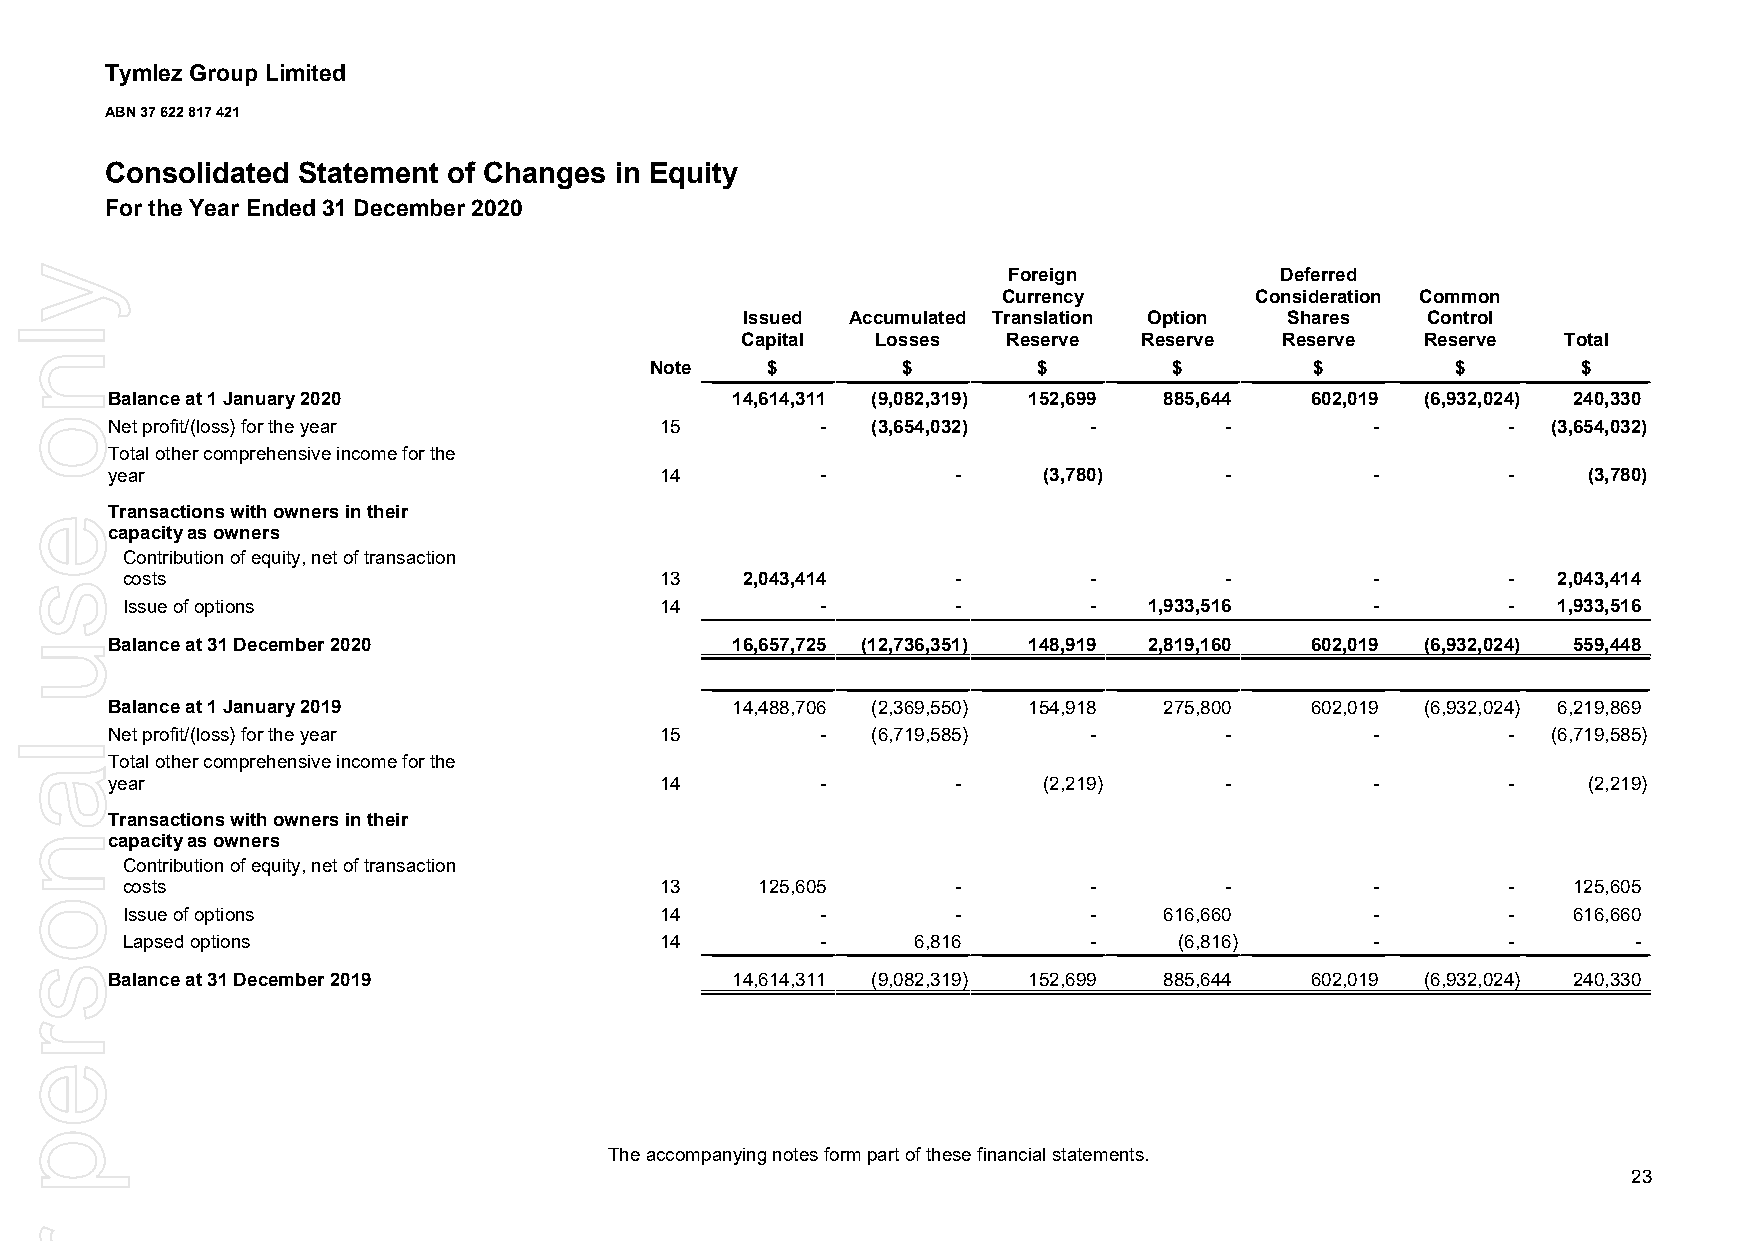
Tymlez Group Limited
 ABN 37 622 817 421
 Consolidated Statement of Changes in Equity
 For the Year Ended 31 December 2020
 Foreign           Deferred
 Currency         Consideration Common
 Issued Accumulated Translation Option Shares Control
 Capital  Losses   Reserve  Reserve  Reserve  Reserve   Total
 Note    $        $        $        $        $        $        $
 Balance at1 January 2020                 14,614,311 (9,082,319) 152,699 885,644 602,019 (6,932,024) 240,330
 Net profit/(loss) for the year       15        -   (3,654,032)   -        -         -        -  (3,654,032)
 Total other comprehensive income for the
 year                                 14        -        -     (3,780)     -         -        -    (3,780)
 Transactions with owners in their
 capacity as owners
 Contribution of equity, net of transaction
 costs                               13   2,043,414     -        -        -         -        -  2,043,414
 Issue of options                    14        -        -        -   1,933,516      -        -  1,933,516
 Balance at31 December 2020               16,657,725 (12,736,351) 148,919 2,819,160 602,019 (6,932,024) 559,448
 Balance at1 January 2019                 14,488,706 (2,369,550) 154,918 275,800 602,019 (6,932,024) 6,219,869
 Net profit/(loss) for the year       15        -   (6,719,585)   -        -         -        -  (6,719,585)
 Total other comprehensive income for the
 year                                 14        -        -     (2,219)     -         -        -    (2,219)
 Transactions with owners in their
 capacity as owners
 Contribution of equity, net of transaction
 costs                               13    125,605      -        -        -         -        -   125,605
 Issue of options                    14        -        -        -    616,660       -        -   616,660
 Lapsed options                      14        -      6,816      -     (6,816)      -        -       -
 Balance at31 December 2019               14,614,311 (9,082,319) 152,699 885,644 602,019 (6,932,024) 240,330
 The accompanying notes form part of these financial statements.
 23
 ylno
 esu
 lanosrep
 roF